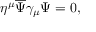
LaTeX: \eta ^ { \mu } { \overline { { \Psi } } } \gamma _ { \mu } \Psi = 0 ,